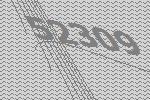
52309